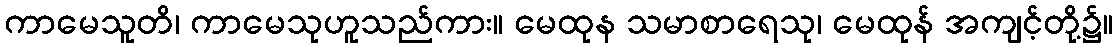
ကာမေသူတိ၊ ကာမေသုဟူသည်ကား။ မေထုန သမာစာရေသု၊ မေထုန် အကျင့်တို့၌။